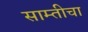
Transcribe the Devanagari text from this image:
साम्तीचा